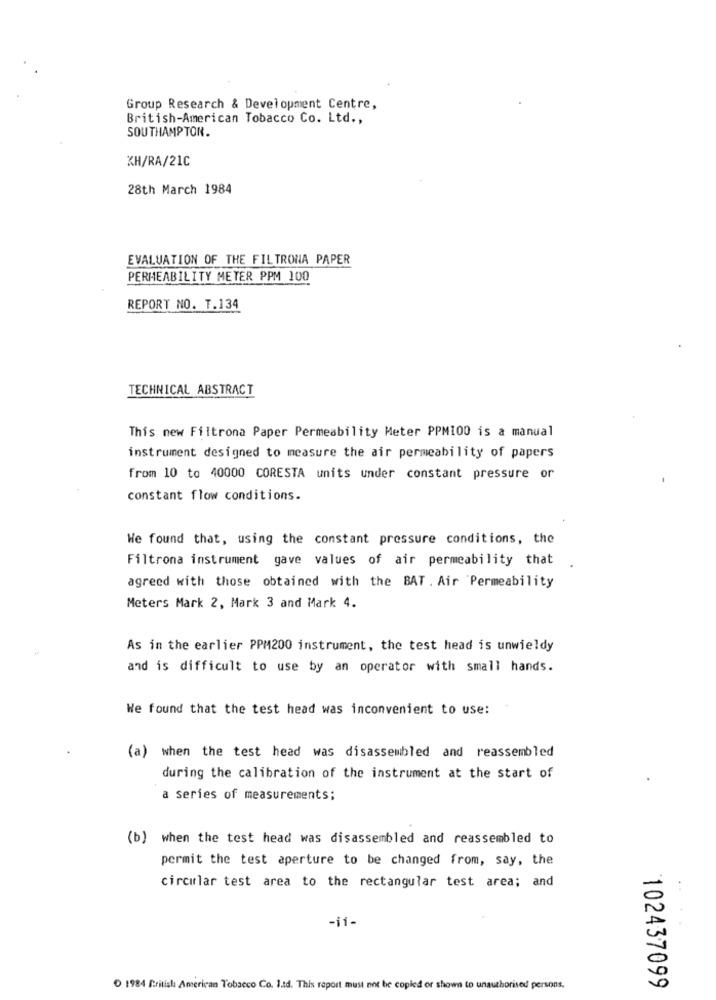
Group Research & Development Centre,
British-American Tobacco Co. Ltd .,
SOUTHAMPTON.
KH/RA/21C
28th March 1984
EVALUATION OF THE FILTRONA PAPER
PERMEABILITY METER PPM 100
REPORT NO. T.134
TECHNICAL ABSTRACT
This new Filtrona Paper Permeability Meter PPM100 is a manual
instrument designed to measure the air permeability of papers
from 10 to 40000 CORESTA units under constant pressure or
constant flow conditions.
We found that, using the constant pressure conditions, the
Filtrona instrument gave values of air permeability that
agreed with those obtained with the BAT . Air Permeability
Meters Mark 2, Mark 3 and Mark 4.
As in the earlier PPM200 instrument, the test head is unwieldy
and is difficult to use by an operator with small hands.
We found that the test head was inconvenient to use:
(a) when the test head was disassembled and reassembled
during the calibration of the instrument at the start of
a series of measurements;
(b) when the test head was disassembled and reassembled to
permit the test aperture to be changed from, say, the
circular test area to the rectangular test area; and
-if-
1984 British American Tobacco Co. ltd. This report must not be copied or shown to unauthorised persons.
102437099